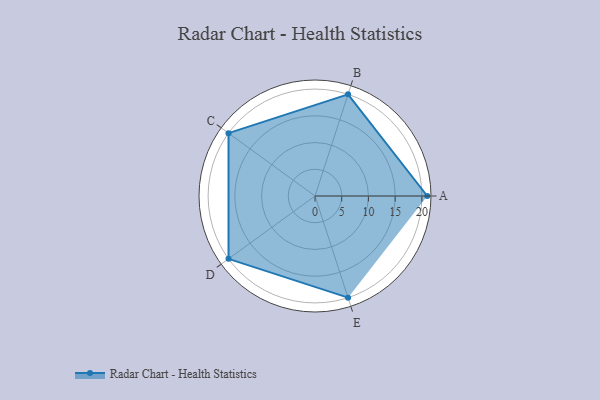
{"axis": {"x": "Skill", "y": "Score"}, "legend": ["Profile"], "data": [{"x": "A", "y": 21.0, "type": "Profile"}, {"x": "B", "y": 20, "type": "Profile"}, {"x": "C", "y": 20, "type": "Profile"}, {"x": "D", "y": 20, "type": "Profile"}, {"x": "E", "y": 20, "type": "Profile"}]}